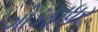
ગોડફાધર